Scottish Certificate of Education, 1963
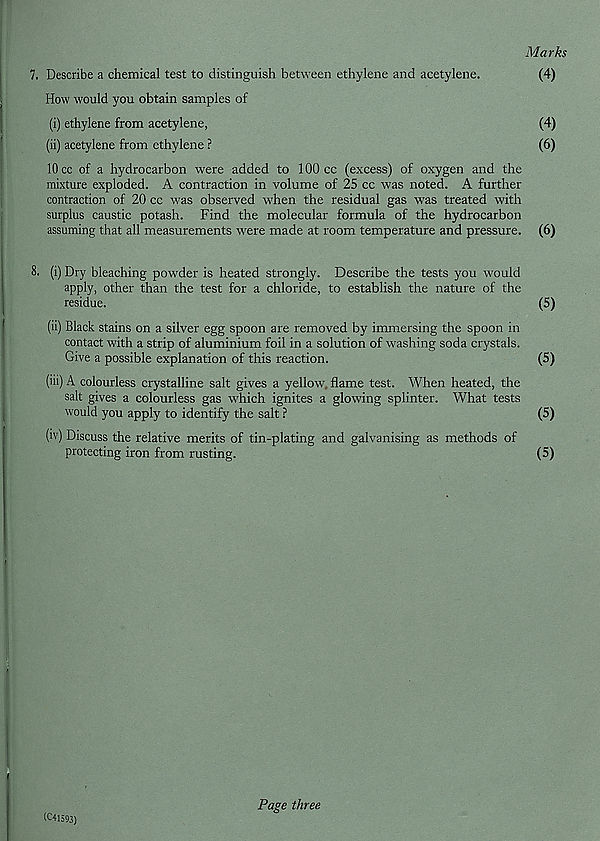
Marks
7. Describe a chemical test to distinguish between ethylene and acetylene.
(4)
How would you obtain samples of
(i) ethylene from acetylene,
(4)
(ii) acetylene from ethylene ?
(6)
10 cc of a hydrocarbon were added to 100 cc (excess) of oxygen and the
mixture exploded. A contraction in volume of 25 cc was noted. A further
contraction of 20 cc was observed when the residual gas was treated with
surplus caustic potash. Find the molecular formula of the hydrocarbon
assuming that all measurements tvere made at room temperature and pressure. (6)
8. (i) Dry bleaching powder is heated strongly. Describe the tests you would
apply, other than the test for a chloride, to establish the nature of the
residue.
(5)
(ii) Black stains on a silver egg spoon are removed by immersing the spoon in
contact with a strip of aluminium foil in a solution of washing soda crystals.
Give a possible explanation of this reaction.
(5)
(iii) A colourless crystalline salt gives a yellow flame test. When heated, the
salt gives a colourless gas which ignites a glowing splinter. What tests
would you apply to identify the salt ?
(5)
(iv) Discuss the relative merits of tin-plating and galvanising as methods of
protecting iron from rusting.
(5)
(C41593)
Page three